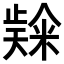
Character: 𮇬